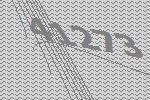
41273